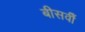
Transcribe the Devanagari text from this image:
बीसवीँ